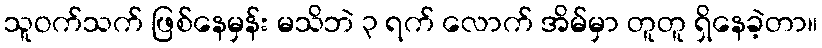
သူဝက်သက် ဖြစ်နေမှန်း မသိဘဲ ၃ ရက် လောက် အိမ်မှာ တူတူ ရှိနေခဲ့တာ။